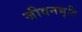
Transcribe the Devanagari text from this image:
जीवनभृति